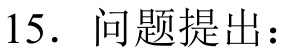
15. 问题提出：